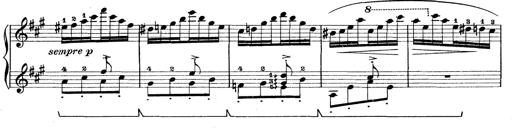
Title: Rapsodie: 19 ungheresi, 1 spagnuola
Composer: Franz Liszt